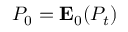
P _ { 0 } = \mathbf { E } _ { 0 } ( P _ { t } )